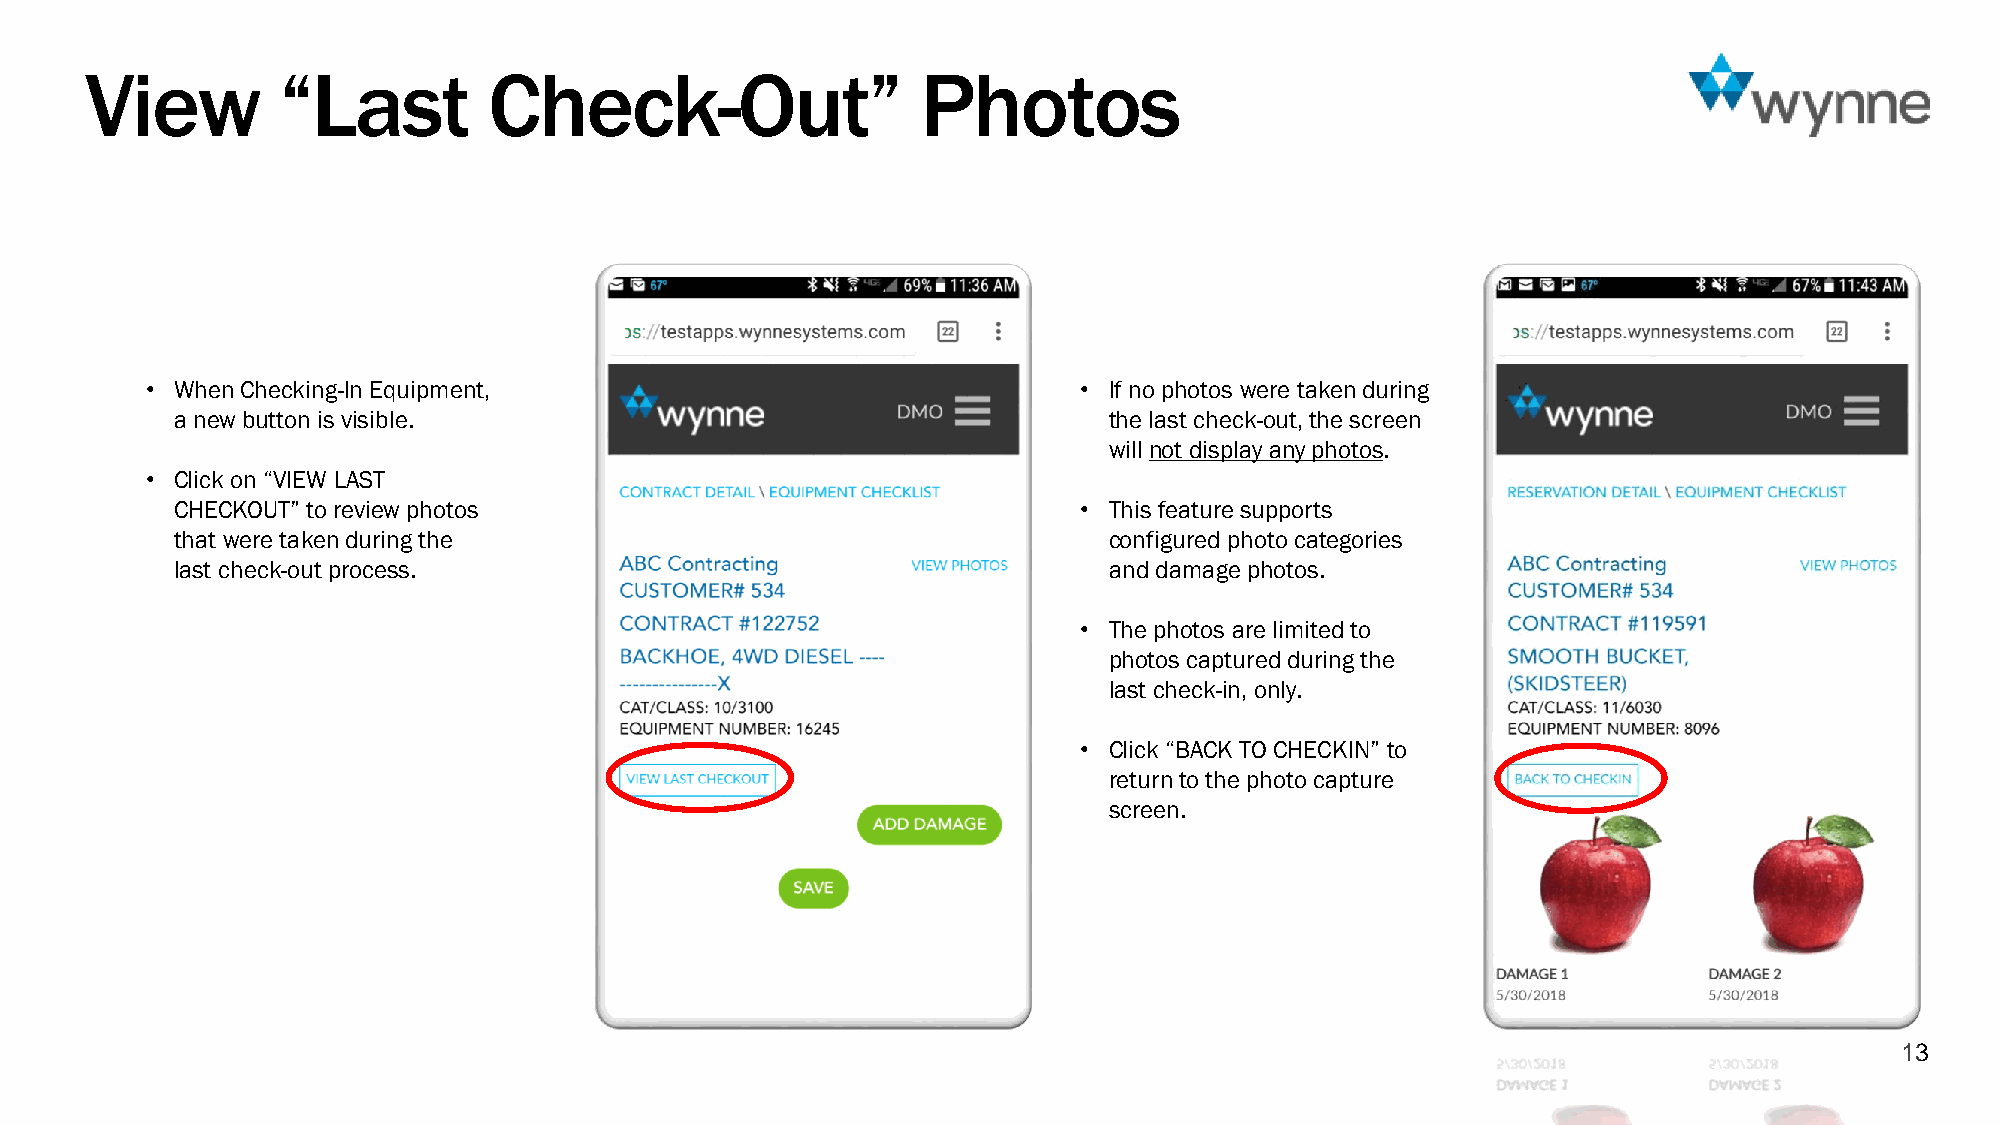
View        “Last         Check-Out”                   Photos
 • When Checking-In Equipment,                                 • If no photos were taken during
 a new button is visible.                                     the last check-out, the screen
 will not display any photos.
 • Click on “VIEW LAST
 CHECKOUT” to review photos                                  • This feature supports
 that were taken during the                                   configured photo categories
 last check-out process.                                      and damage photos.
 • The photos are limited to
 photos captured during the
 last check-in, only.
 • Click “BACK TO CHECKIN” to
 return to the photo capture
 screen.
 13